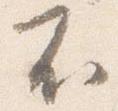
不